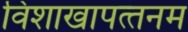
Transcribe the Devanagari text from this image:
विशाखापत्‍तनम